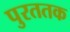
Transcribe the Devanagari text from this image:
पुरततक